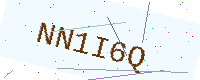
Text: NN1I6Q